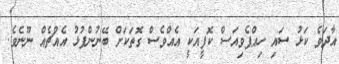
އާދަވެ ކަޅު ސައި ހިއްޕެވިއަސް ކޮފީއަކީ އެއްވެސް ގޮތަކަށް ބޭނުންފުޅު އެއްޗެއް ނޫނެވެ.